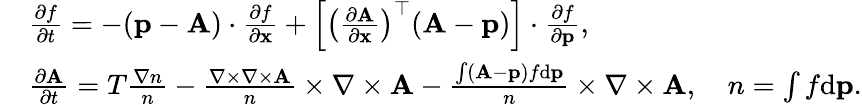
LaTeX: \begin{array}{rl}&{\frac{\partial f}{\partial t}=-({\mathbf p}-{\mathbf A})\cdot\frac{\partial f}{\partial{\mathbf x}}+\left[\left(\frac{\partial{\mathbf A}}{\partial\mathbf x}\right)^{\top}({\mathbf A}-{\mathbf p})\right]\cdot\frac{\partial f}{\partial{\mathbf p}},}\\ &{\frac{\partial{\mathbf A}}{\partial t}=T\frac{\nabla n}{n}-\frac{\nabla\times\nabla\times{\mathbf A}}{n}\times{\nabla\times{\mathbf A}}-\frac{\int({\mathbf A}-{\mathbf p})f\mathrm{d}{\mathbf p}}{n}\times{\nabla\times{\mathbf A}},\quad n=\int f\mathrm{d}{\mathbf p}.}\end{array}